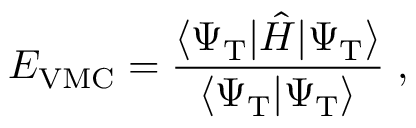
E _ { \mathrm { V M C } } = \frac { \langle \Psi _ { \mathrm { T } } | \hat { H } | \Psi _ { \mathrm { T } } \rangle } { \langle \Psi _ { \mathrm { T } } | \Psi _ { \mathrm { T } } \rangle } \; ,